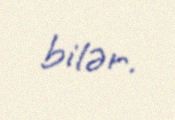
bilər.